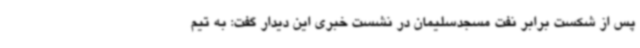
پس از شکست برابر نفت مسجدسلیمان در نشست خبری این دیدار گفت: به تیم